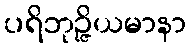
ပရိဘုဉ္ဇိယမာနာ